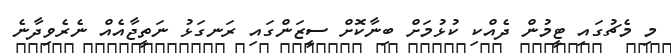
މި މެޗުގައި ޓީމުން ދެއްކި ކުޅުމަށް ބިނާކޮށް ސީޒަންގައި ރަނގަޅު ނަތީޖާއެއް ނެރެވިދާނެ